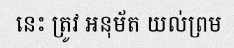
នេះ ត្រូវ អនុម័ត យល់ព្រម